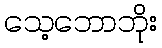
သေ့ဘောဘိုး